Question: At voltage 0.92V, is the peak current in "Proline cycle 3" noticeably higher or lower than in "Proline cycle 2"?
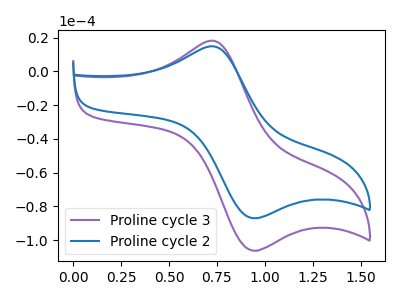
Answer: <think>The purple curve "Proline cycle 3" has an anodic peak at (0.70V, 18.30uA) and a cathodic peak at (0.90V, -105.85uA). The blue curve "Proline cycle 2" has an anodic peak at (0.70V, 14.95uA) and a cathodic peak at (0.90V, -86.65uA).</think>
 <answer>The peak at 0.92V is higher in "Proline cycle 3" than in "Proline cycle 2".</answer>
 <eval>higher</eval>